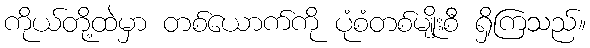
ကိုယ်တို့ထဲမှာ တစ်ယောက်ကို ပုံစံတစ်မျိုးစီ ရှိကြသည်။